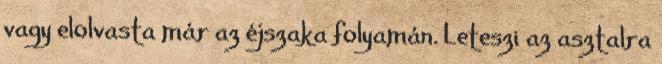
vagy elolvasta már az éjszaka folyamán. Leteszi az asztalra